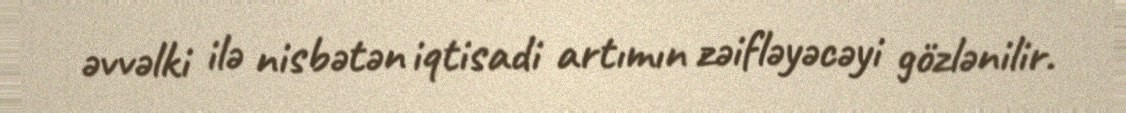
əvvəlki ilə nisbətən iqtisadi artımın zəifləyəcəyi gözlənilir.